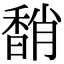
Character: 𩡈